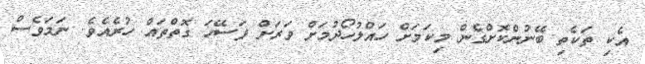
އެކި ތަކެތި ބޭނުންކޮށްގެން މިކަމަށް ހައްލުހޯދުމަށް ވަރަށް ފަސޭހަ ގޮތްތައް ހުރެއެވެ. ނަމަވެސް